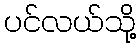
ပင်လယ်သို့